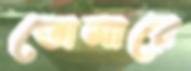
তোমারে